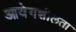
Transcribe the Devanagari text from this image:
आवेगशीलता